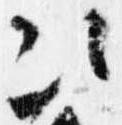
次